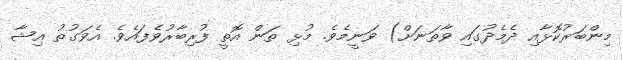
މިންބަރުކޮޅާއި ދެމެދުގައި ވާތަނަށް) ވަނީމެވެ. މުޅި ތަން އޮތީ ފުރިބާރުވެފައެވެ. އެވަގުތު ޢިޝާ